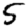
Digit: 5